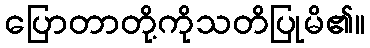
ပြောတာတို့ကိုသတိပြုမိ၏။